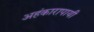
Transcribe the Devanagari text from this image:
अहंकारापायी